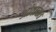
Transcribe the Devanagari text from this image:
ओवाळत